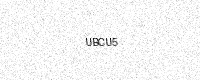
Text: UBCU5